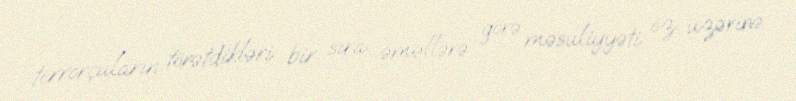
terrorçuların törətdikləri bir sıra əməllərə görə məsuliyyəti öz üzərinə